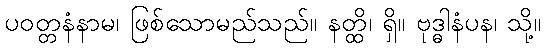
ပဝတ္တနံနာမ၊ ဖြစ်သောမည်သည်။ နတ္ထိ၊ ရှိ။ ဗုဒ္ဓါနံပန၊ သို့။